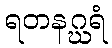
ရတနဂ္ဃရံ